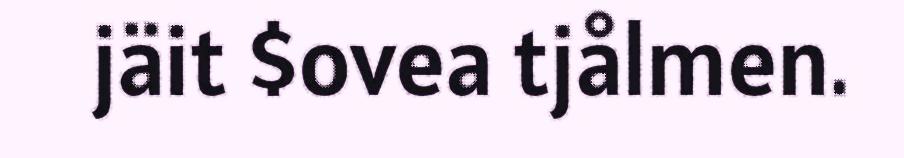
jäit $ovea tjålmen.